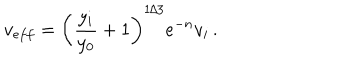
v _ { e f f } = \left( { \frac { y _ { i } } { y _ { 0 } } } + 1 \right) ^ { 1 / 3 } e ^ { - n } v _ { i } \, .